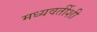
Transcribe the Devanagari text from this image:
मध्यवर्तीशी